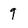
Character: 9